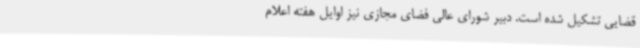
قضایی تشکیل شده است. دبیر شورای عالی فضای مجازی نیز اوایل هفته اعلام